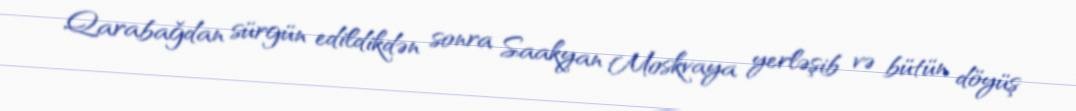
Qarabağdan sürgün edildikdən sonra Saakyan Moskvaya yerləşib və bütün döyüş